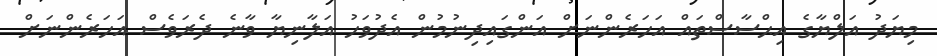
މިޔަދު އަލްޔާގެ އިޙްސާސްތައް އަހަރެންނަށް އަންގައިދިނުމުން އެދުވަހު އަލާނިޔާ ވާނެ ދެރަވެސް އަހަރެންނަށް